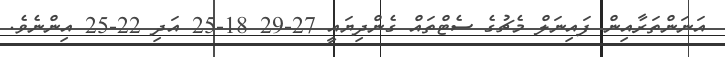
އަނަންތަރާއިން ފައިނަލް މެޗުގެ ސެޓްތައް ގެންދިޔައީ 27-29 18-25 އަދި 22-25 އިންނެވެ.